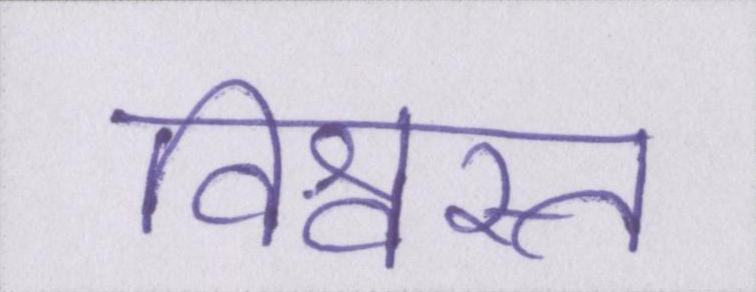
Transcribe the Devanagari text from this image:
विश्वस्त